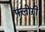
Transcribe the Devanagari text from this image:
फ्लोऱी